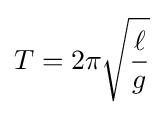
T=2\pi {\sqrt {\frac {\ell }{g}}}